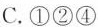
C.①②④